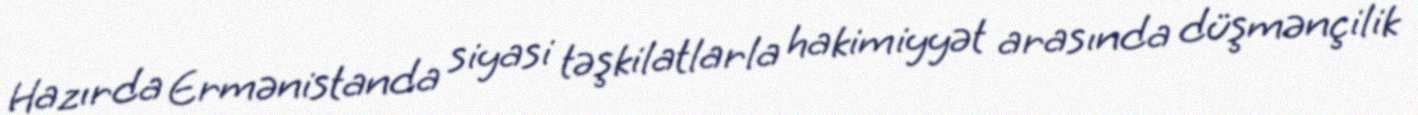
Hazırda Ermənistanda siyasi təşkilatlarla hakimiyyət arasında düşmənçilik